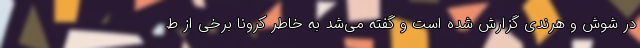
در شوش و هرندی گزارش شده است و گفته می‌شد به خاطر کرونا برخی از ط